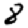
Digit: 8